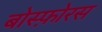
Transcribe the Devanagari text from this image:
बोस्फ़ोरस